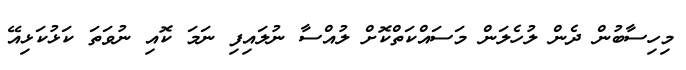
މިހިސާބުން ދެން ލުހެލަން މަސައްކަތްކޮށް ލުއްސާ ނުލައިފި ނަމަ ކޮއި ނުވަތަ ކަޅުކަޅިއޭ